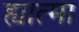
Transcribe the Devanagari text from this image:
ह्यात्मा